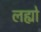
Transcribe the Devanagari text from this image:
लह्यो